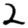
Digit: 2